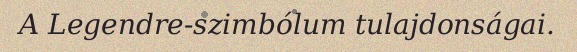
A Legendre-szimbólum tulajdonságai.